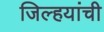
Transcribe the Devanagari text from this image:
जिल्हयांची